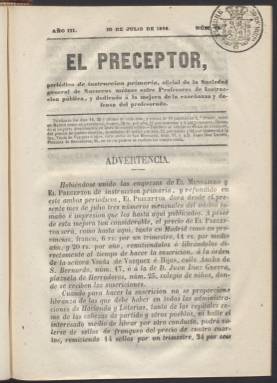
Título: El Preceptor (Madrid)
Colección: Educación
Ámbito geográfico: Madrid
Lugar de publicación: Madrid
Fechas: 10/07/1856-31/12/1868